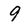
Character: 9